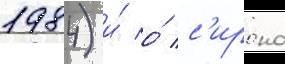
1984) и́ о́ с'ирано